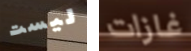
ليست غازات